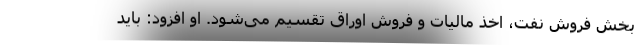
بخش فروش نفت، اخذ مالیات و فروش اوراق تقسیم می‌شود. او افزود: باید